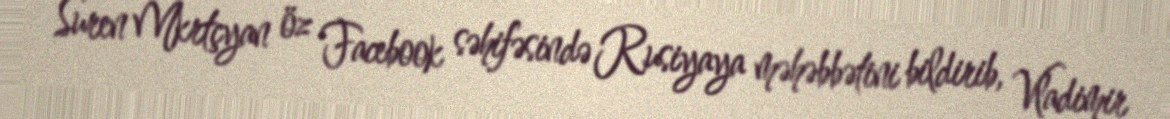
Suren Mkrtçyan öz Facebook səhifəsində Rusiyaya məhəbbətini bildirib, Vladimir